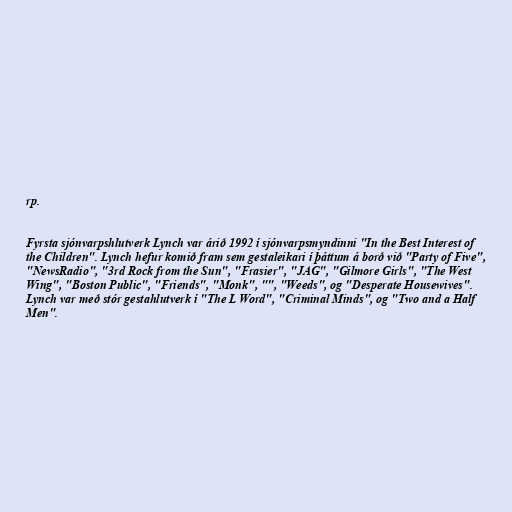
rp.

Fyrsta sjónvarpshlutverk Lynch var árið 1992 í sjónvarpsmyndinni "In the Best Interest of
the Children". Lynch hefur komið fram sem gestaleikari í þáttum á borð við "Party of Five",
"NewsRadio", "3rd Rock from the Sun", "Frasier", "JAG", "Gilmore Girls", "The West
Wing", "Boston Public", "Friends", "Monk", "", "Weeds", og "Desperate Housewives".
Lynch var með stór gestahlutverk í "The L Word", "Criminal Minds", og "Two and a Half
Men".